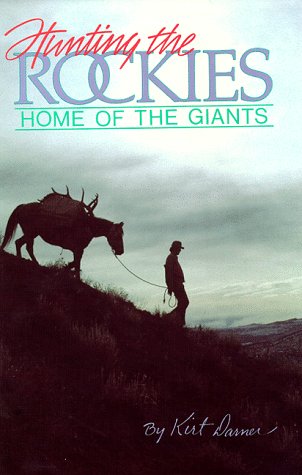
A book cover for Hunting the Rockies: Home of the Giants; Kirt I. Darner; Travel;